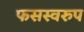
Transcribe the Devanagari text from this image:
फसस्वरुप